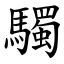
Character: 䮷